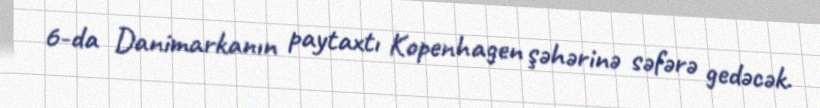
6-da Danimarkanın paytaxtı Kopenhagen şəhərinə səfərə gedəcək.